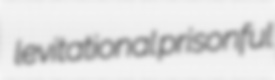
levitational prisonful